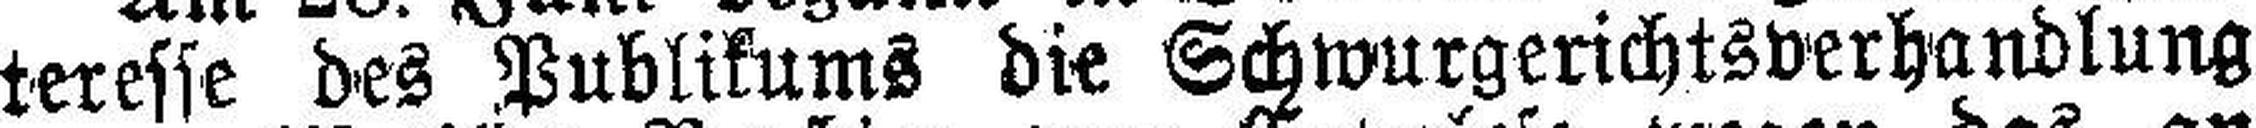
teresse des Publikums die Schwurgerichtsverhandlung